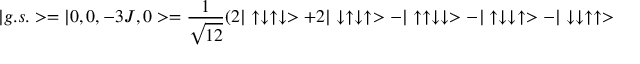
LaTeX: | g . s . > = | 0 , 0 , - 3 J , 0 > = \frac { 1 } { \sqrt { 1 2 } } ( 2 | \uparrow \downarrow \uparrow \downarrow > + 2 | \downarrow \uparrow \downarrow \uparrow > - | \uparrow \uparrow \downarrow \downarrow > - | \uparrow \downarrow \downarrow \uparrow > - | \downarrow \downarrow \uparrow \uparrow > - | \downarrow \uparrow \uparrow \downarrow > ) \quad .